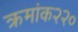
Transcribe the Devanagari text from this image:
क्रमांक२२०